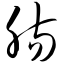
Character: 肠